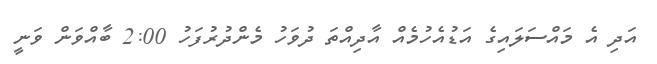
އަދި އެ މައްސަލައިގެ އަޑުއެހުމެއް އާދިއްތަ ދުވަހު މެންދުރުފަހު 2:00 ބާއްވަން ވަނީ